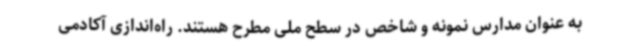
به عنوان مدارس نمونه و شاخص در سطح ملی مطرح هستند. راه‌اندازی آکادمی